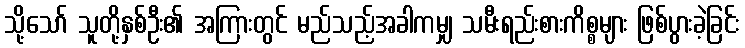
သို့သော် သူတို့နှစ်ဦး၏ အကြားတွင် မည်သည့်အခါကမျှ သမီးရည်းစားကိစ္စများ ဖြစ်ပွားခဲ့ခြင်း